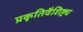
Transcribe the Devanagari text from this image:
प्रकृतिवैशिष्ट्य